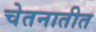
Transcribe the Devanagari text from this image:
चेतनातीत